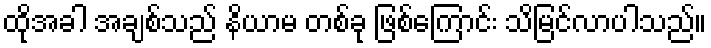
ထိုအခါ အချစ်သည် နိယာမ တစ်ခု ဖြစ်ကြောင်း သိမြင်လာပါသည်။